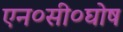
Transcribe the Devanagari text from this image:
एन०सी०घोष